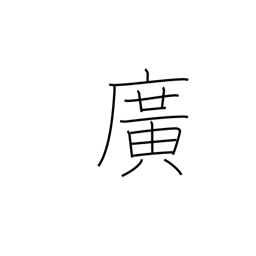
Meaning: broad